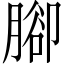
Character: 腳